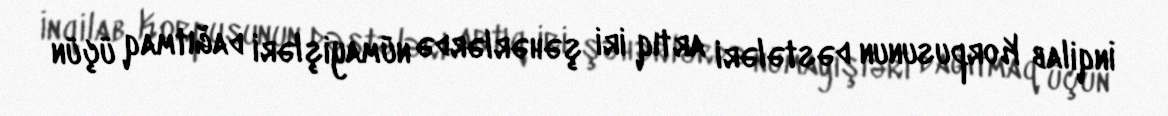
İnqilab Korpusunun dəstələri artıq iri şəhərlərdə nümayişləri dağıtmaq üçün